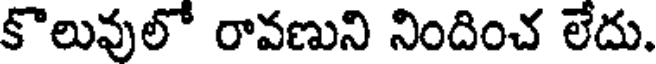
కొలువులో రావణుని నిందించ లేదు.